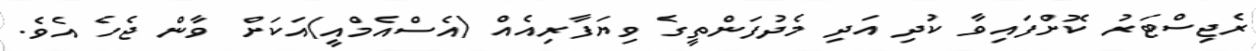
ރެޖިސްޓަރު ކޮށްފައިވާ ކުދި އަދި މެދުފަންތީގެ ވިޔަފާރިއެއް (އެސްއެމްއީ)އަކަށް ވާން ޖެހެ އެވެ.